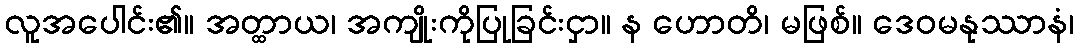
လူအပေါင်း၏။ အတ္ထာယ၊ အကျိုးကိုပြုခြင်းငှာ။ န ဟောတိ၊ မဖြစ်။ ဒေဝမနုဿာနံ၊